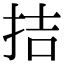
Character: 拮